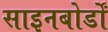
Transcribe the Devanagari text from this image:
साइनबोर्डों